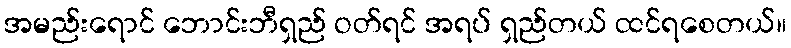
အမည်းရောင် ဘောင်းဘီရှည် ဝတ်ရင် အရပ် ရှည်တယ် ထင်ရစေတယ်။